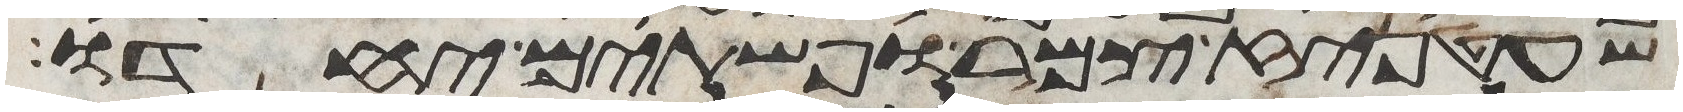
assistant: שעטניז צמר ופשתים יחדו